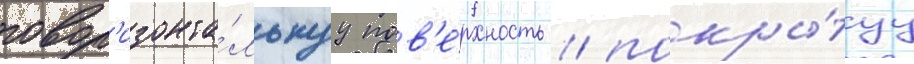
гор'изонта́льнуу пов'е́рхность / покры́туу